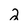
Character: 2